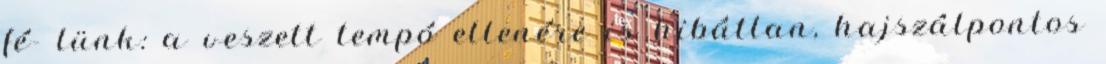
fé- lünk: a veszett tempó ellenére is hibátlan, hajszálpontos